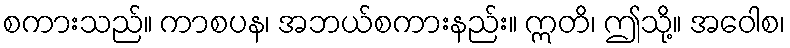
စကားသည်။ ကာစပန၊ အဘယ်စကားနည်း။ ဣတိ၊ ဤသို့။ အဝေါစ၊